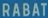
RABAT